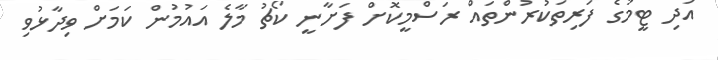
އަދި ޓީމުގެ ފަރިތަކުރުންތައް ރަސްމީކޮށް ފަށާނީ ކޯޗު މާލެ އައުމުން ކަމަށް ވިދާޅުވި